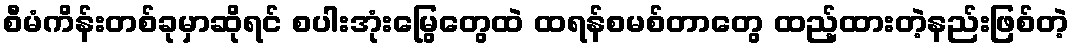
စီမံကိန်းတစ်ခုမှာဆိုရင် စပါးအုံးမြွေတွေထဲ ထရန်စမစ်တာတွေ ထည့်ထားတဲ့နည်းဖြစ်တဲ့